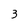
Character: 3